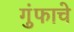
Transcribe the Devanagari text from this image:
गुंफाचे